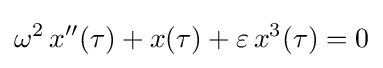
\omega ^{2}\,x''(\tau )+x(\tau )+\varepsilon \,x^{3}(\tau )=0